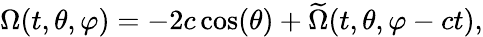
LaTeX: \Omega(t,\theta,\varphi)=-2c\cos(\theta)+\widetilde{\Omega}(t,\theta,\varphi-ct),